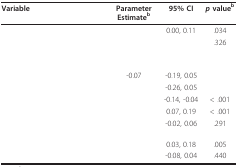
<table><thead><tr><td><b>Variable</b></td><td><b>Parameter Estimatea</b></td><td><b>95% CI</b></td><td><b><i>p </i>value<sup>b</sup></b></td></tr></thead><tbody><tr><td>[EMPTY_CELL]</td><td>[EMPTY_CELL]</td><td>0.00, 0.11</td><td>.034</td></tr><tr><td>[EMPTY_CELL]</td><td>[EMPTY_CELL]</td><td>[EMPTY_CELL]</td><td>.326</td></tr><tr><td>[EMPTY_CELL]</td><td>[EMPTY_CELL]</td><td>[EMPTY_CELL]</td><td>[EMPTY_CELL]</td></tr><tr><td>[EMPTY_CELL]</td><td>-0.07</td><td>-0.19, 0.05</td><td>[EMPTY_CELL]</td></tr><tr><td>[EMPTY_CELL]</td><td>[EMPTY_CELL]</td><td>-0.26, 0.05</td><td>[EMPTY_CELL]</td></tr><tr><td>[EMPTY_CELL]</td><td>[EMPTY_CELL]</td><td>-0.14, -0.04</td><td>&lt; .001</td></tr><tr><td>[EMPTY_CELL]</td><td>[EMPTY_CELL]</td><td>0.07, 0.19</td><td>&lt; .001</td></tr><tr><td>[EMPTY_CELL]</td><td>[EMPTY_CELL]</td><td>-0.02, 0.06</td><td>.291</td></tr><tr><td>[EMPTY_CELL]</td><td>[EMPTY_CELL]</td><td>0.03, 0.18</td><td>.005</td></tr><tr><td>[EMPTY_CELL]</td><td>[EMPTY_CELL]</td><td>-0.08, 0.04</td><td>.440</td></tr></tbody></table>